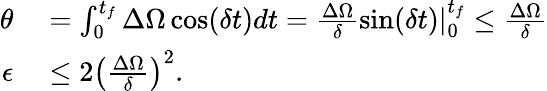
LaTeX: \begin{array}{rl}{\theta}&{{}=\int_{0}^{t_{f}}\Delta\Omega\cos(\delta t)dt=\frac{\Delta\Omega}{\delta}\sin(\delta t)|_{0}^{t_{f}}\leq\frac{\Delta\Omega}{\delta}}\\ {\epsilon}&{{}\leq 2\left(\frac{\Delta\Omega}{\delta}\right)^{2}.}\end{array}